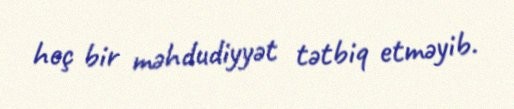
heç bir məhdudiyyət tətbiq etməyib.